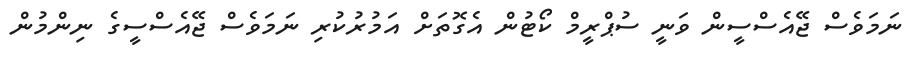
ނަމަވެސް ޖޭއެސްސީން ވަނީ ސުޕްރީމް ކޯޓުން އެގޮތަށް އަމުރުކުރި ނަމަވެސް ޖޭއެސްސީގެ ނިންމުން